Leaving Certificate Examination (including Day School Certificate (Higher) General paper), 1929
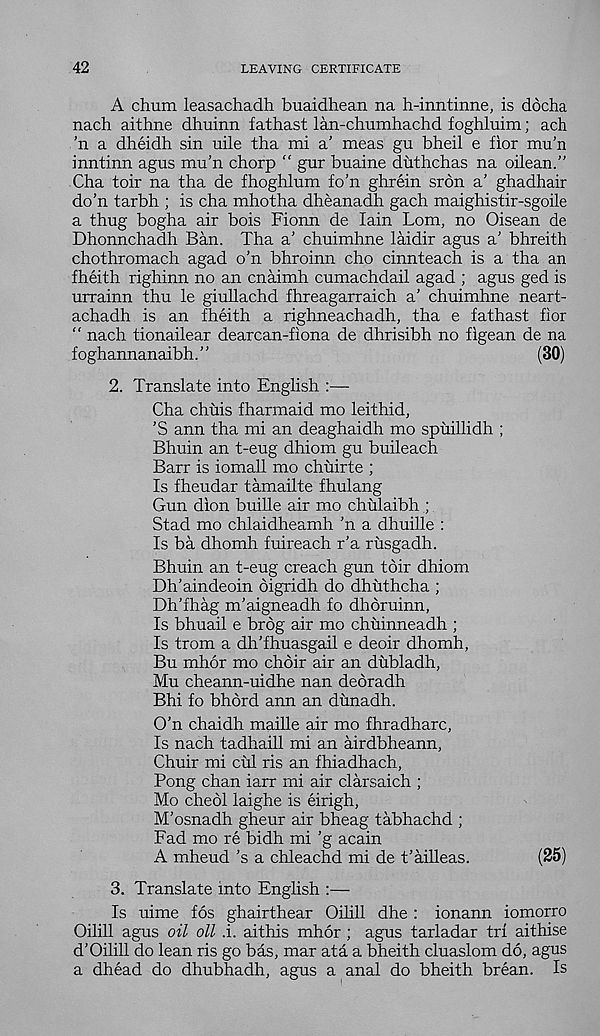
42
LEAVING CERTIFICATE
A chum leasachadh buaidhean na h-inntinne, is docha
nach aithne dhuinn fathast lan-chumhachd foghluim; ach
’n a dheidh sin uile tha mi a’ meas gu bheil e fior mu’n
inntinn agus mu’n chorp “ gur buaine duthchas na oilean.”
Cha toir na tha de fhoghlum fo’n ghrein sron a’ ghadhair
do’n tarbh ; is cha mhotha dheanadh gach maighistir-sgoile
a thug bogha air bois Fionn de Iain Lorn, no Oisean de
Dhonnchadh Ban. Tha a’ chuimhne laidir agus a’ bhreith
chothromach agad o’n bhroinn cho cinnteach is a tha an
fheith righinn no an cnaimh cumachdail agad ; agus ged is
urrainn thu le giullachd fhreagarraich a’ chuimhne neart-
achadh is an fheith a righneachadh, tha e fathast fior
" nach tionailear dearcan-fiona de dhrisibh no figean de na
foghannanaibh.”
(30)
2. Translate into English :—
Cha chuis fharmaid mo leithid,
’S ann tha mi an deaghaidh mo spuillidh ;
Bhuin an t-eug dhiom gu buileach
Barr is iomall mo chuirte ;
Is fheudar tamailte fhulang
Gun dion buille air mo chulaibh ;
Stad mo chlaidheamh ’n a dhuille :
Is ba dhomh fuireach r’a rusgadh.
Bhuin an t-eug creach gun toir dhiom
Dh’aindeoin oigridh do dhuthcha ;
Dh’fhag m’aigneadh fo dhoruinn,
Is bhuail e brog air mo chuinneadh ;
Is trom a dh’fhuasgail e deoir dhomh,
Bu mhor mo choir air an dubladh,
Mu cheann-uidhe nan debradh
Bhi fo bhord ann an dimadh.
O’n chaidh maille air mo fhradharc,
Is nach tadhaill mi an airdbheann,
Chuir mi cul ris an fhiadhach,
Pong chan iarr mi air clarsaich ;
Mo chebl laighe is eirigh,
M’osnadh gheur air bheag tabhachd ;
Fad mo re bidh mi ’g acain
A mheud’s a chleachd mi de t’ailleas.
(25)
3. Translate into English :—
Is uime fos ghairthear Oilill dhe : ionann iomorro
Oilill agus oil oil i. aithis mhor ; agus tarladar tri aithise
d’Oilill do lean ris go bas, mar ata a bheith cluaslom do, agus
a dhead do dhubhadh, agus a anal do bheith brean. Is